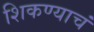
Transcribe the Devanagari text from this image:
शिकण्याचं